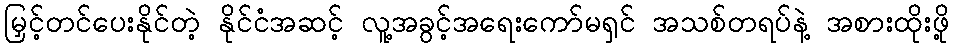
မြှင့်တင်ပေးနိုင်တဲ့ နိုင်ငံအဆင့် လူ့အခွင့်အရေးကော်မရှင် အသစ်တရပ်နဲ့ အစားထိုးဖို့